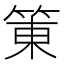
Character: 𰪀